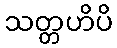
သတ္တဟိပိ